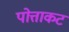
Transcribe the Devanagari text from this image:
पोत्ताकट